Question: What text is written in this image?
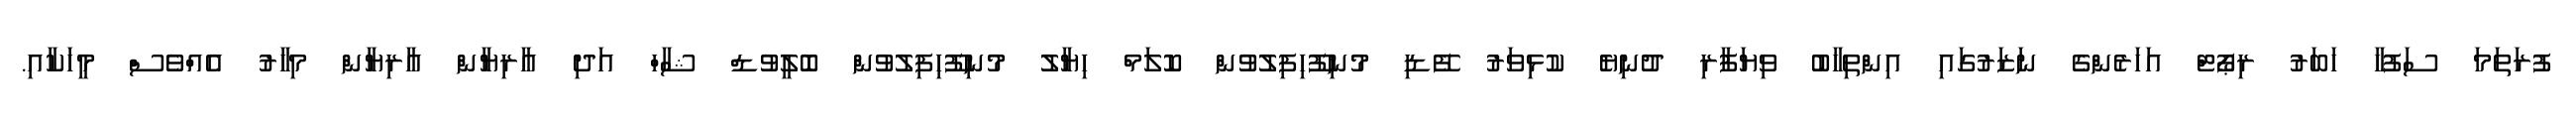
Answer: ފުރަތަމަ ސަފުހާ ހަބަރު ރިޕޯޓް އަހަރެންގެ ނަޒަރުގައި އިންތިހާބު ވިޔަފާރި ދުނިޔެ ކުޅިވަރު ފޭޑި މުނިފޫހިފިލުވުން ކޮލަމް ހިޔާލު މުނިފޫހިފިލުވުން ބޮލީވުޑް ޝާހް އަދި އާރިޔާން އާރިޔާން މިހާރު އެއްވެސް މީހަކާއި.